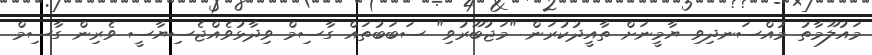
މައުލޫމާތު މުއްސަނދިވި ޔާމީނަށް ތާއީދުކުރަން "މަޖުބޫރުވި" ސަބަބުތައް ގާސިމް ވިދާޅުވެއްޖެސިޔާސީ ވެރިން ގާސިމް